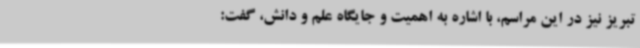
تبریز نیز در این مراسم، با اشاره به اهمیت و جایگاه علم و دانش، گفت: